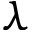
\lambda